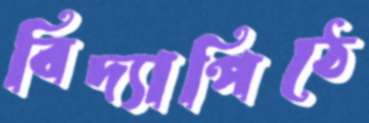
বিদ্যাপিঠে